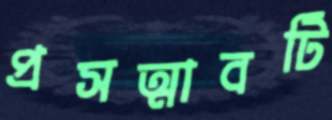
প্রসত্মাবটি